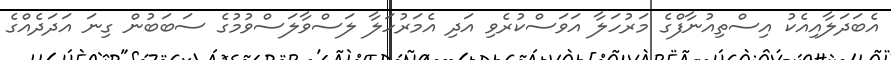
އެބަދަލާއިއެކު އިސްތިއުނާފްގެ މަރުހަލާ އަވަސްކުރެވި އަދި އެމަރުހަލާ ލަސްވާލަސްވުމުގެ ސަބަބުން ގިނަ އަދަދެއްގެ